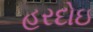
હરદોઇ